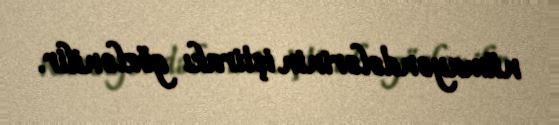
nümayəndələrinin iştirakı gözlənilir.